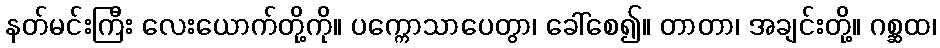
နတ်မင်းကြီး လေးယောက်တို့ကို။ ပက္ကောသာပေတွာ၊ ခေါ်စေ၍။ တာတာ၊ အချင်းတို့။ ဂစ္ဆထ၊